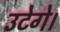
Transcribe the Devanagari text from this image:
उटेगे।